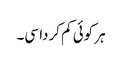
ہر کوئی کم کردا سی۔